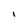
Character: I